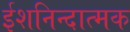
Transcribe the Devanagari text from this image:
ईशनिन्दात्मक